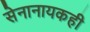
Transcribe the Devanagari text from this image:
सेनानायकही